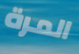
المرة